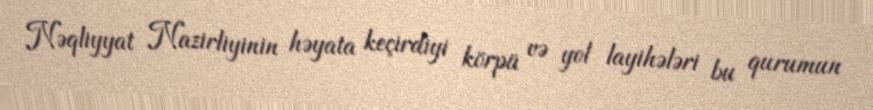
Nəqliyyat Nazirliyinin həyata keçirdiyi körpü və yol layihələri bu qurumun